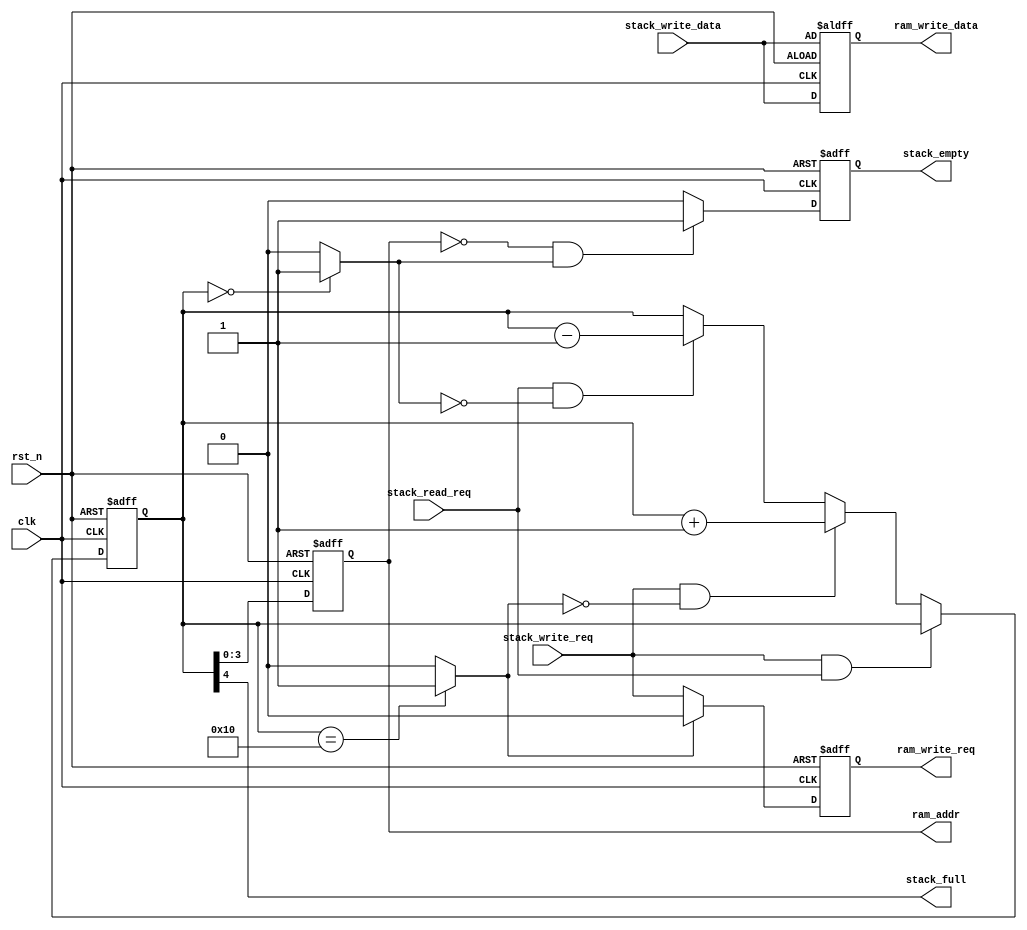
module stack_controller #(
	parameter DEPTH_LOG = 4,
	parameter WIDTH = 8
)(
	input clk,    // Clock
	input rst_n,  // Asynchronous reset active low

	input stack_write_req,
	input [WIDTH - 1:0]stack_write_data,
	input stack_read_req,

	output reg stack_empty,
	output stack_full,

	output reg ram_write_req,
	output reg [DEPTH_LOG - 1:0]ram_addr,
	output reg [WIDTH - 1:0]ram_write_data
);

reg [DEPTH_LOG:0]stack_point;
wire is_full = (stack_point == 2 ** DEPTH_LOG)?1'b1:1'b0;
wire is_empty = (stack_point == 'b0)?1'b1:1'b0;
always @ (posedge clk or negedge rst_n) begin //control point of stack
	if(~rst_n) begin
		stack_point <= 'b0;
	end else if(stack_write_req && stack_read_req) begin //lock
		stack_point <= stack_point;
	end else if(stack_write_req && !is_full) begin //write when stack is not full
		stack_point <= stack_point + 1'b1;
	end else if(stack_read_req && !is_empty) begin // read when stack is not empty
		stack_point <= stack_point - 1'b1;
	end
end
assign stack_full = stack_point[DEPTH_LOG];

always @ (posedge clk or negedge rst_n) begin //generate empty signal
	if(~rst_n) begin
		stack_empty <= 'b0;
	end else if(ram_addr == 'b0 && is_empty) begin // delay signal
		stack_empty <= 1'b1;
	end else begin
		stack_empty <= 'b0;
	end
end

always @ (posedge clk or negedge rst_n) begin //generate ram_write_req
	if(~rst_n) begin
		ram_write_req <= 'b0;
	end else if(!is_full) begin
		ram_write_req <= stack_write_req;
	end else begin
		ram_write_req <= 'b0;
	end
end

always @ (posedge clk or negedge rst_n) begin //prepare the addr and data for push
	if(~rst_n) begin
		ram_addr <= 'b0;
		ram_write_data <= stack_write_data;
	end else begin
		ram_addr <= stack_point[DEPTH_LOG - 1:0];
		ram_write_data <= stack_write_data;
	end
end

endmodule